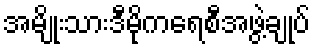
အမျိုးသားဒီမိုကရေစီအဖွဲ့ချုပ်